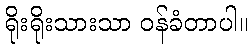
ရိုးရိုးသားသာ ဝန်ခံတာပါ။